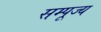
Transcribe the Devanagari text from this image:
सम्पूज्य